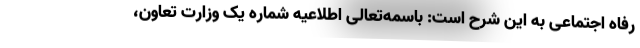
رفاه اجتماعی به این شرح است: باسمه‌تعالی اطلاعیه شماره یک وزارت تعاون،